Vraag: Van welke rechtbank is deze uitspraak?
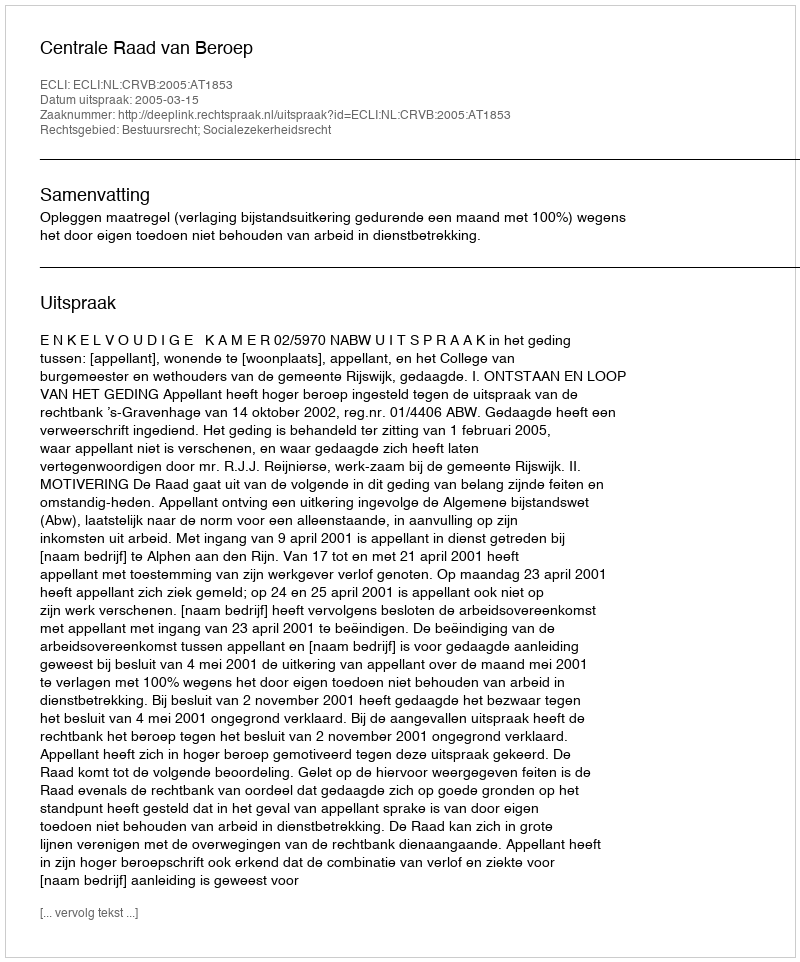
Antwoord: Centrale Raad van Beroep